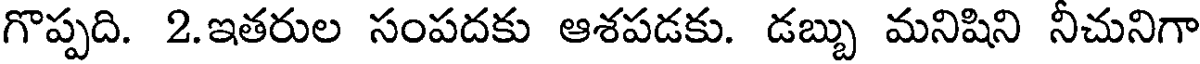
గొప్పది. 2.ఇతరుల సంపదకు ఆశపడకు. డబ్బు మనిషిని నీచునిగా